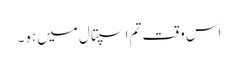
اس وقت تم اسپتال میں ہو۔